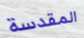
المقدسة